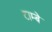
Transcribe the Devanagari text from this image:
टाम्बे